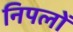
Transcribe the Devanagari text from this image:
निपलों